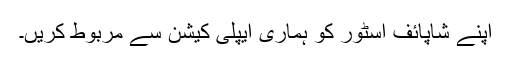
اپنے شاپائف اسٹور کو ہماری ایپلی کیشن سے مربوط کریں۔